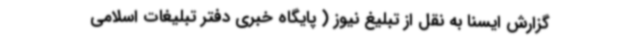
گزارش ایسنا به نقل از تبلیغ نیوز ( پایگاه خبری دفتر تبلیغات اسلامی